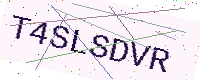
Text: T4SLSDVR